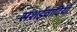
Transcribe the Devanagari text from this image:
संशईवादियों